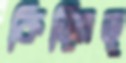
কিড়্‌মিড়্‌